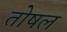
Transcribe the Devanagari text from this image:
तोषल